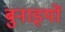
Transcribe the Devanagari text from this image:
बुनाइयों